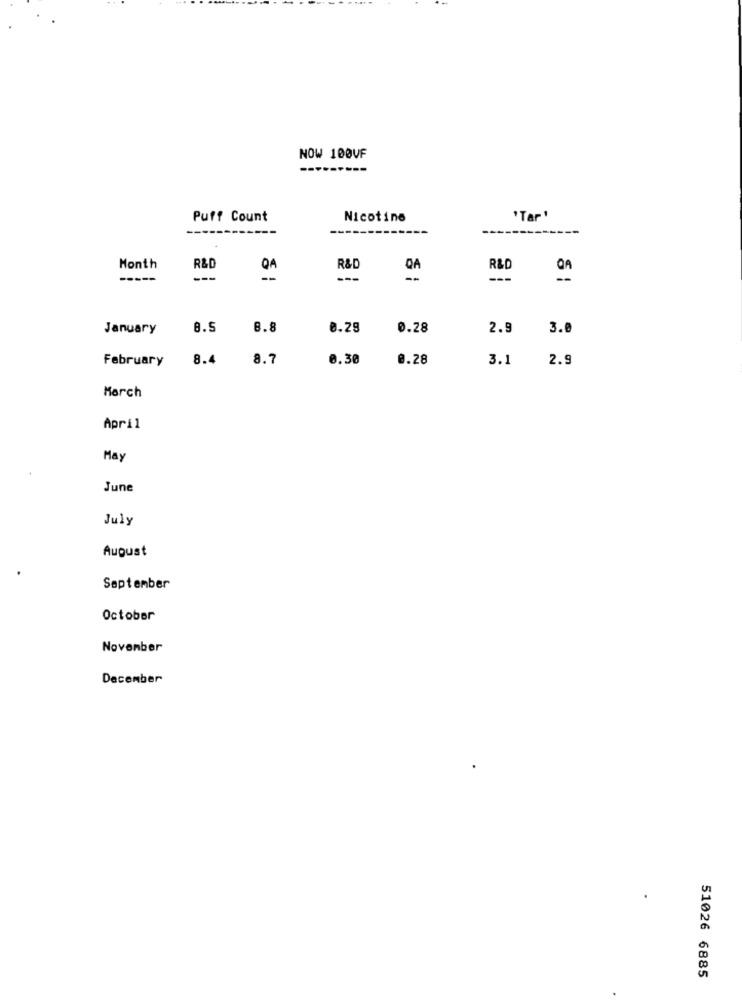
NOW 100VF
Puff Count
Nicotine
'Tar
-----
Month
R&D
QA
R&D
R&D
-----
---
January
8.5
8.8
0.29
0.28
2.9
3.0
February
8.4
8.7
0.30
0.28
3.1
2.9
March
April
May
June
July
August
September
October
November
December
51026 6885